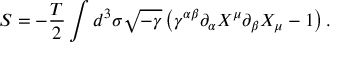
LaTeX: S = - \frac { T } { 2 } \int d ^ { 3 } \sigma \sqrt { - \gamma } \left( \gamma ^ { \alpha \beta } \partial _ { \alpha } X ^ { \mu } \partial _ { \beta } X _ { \mu } - 1 \right) .